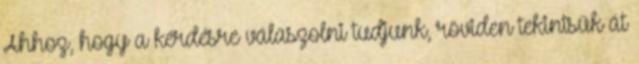
Ahhoz, hogy a kérdésre válaszolni tudjunk, röviden tekintsük át